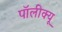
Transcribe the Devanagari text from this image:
पॉलीक्यू